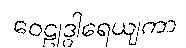
ဝေဠုဒွါရေယျကာ